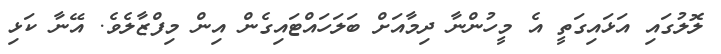
ލޮލުގައި އަޅައިގަތީ އެ މީހުންނާ ދިމާއަށް ބަލަހައްޓައިގެން އިން މިފްޒާލެވެ. އޭނާ ކަޅި